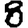
Digit: 8